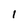
Character: l